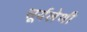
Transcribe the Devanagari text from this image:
सूर्यलेणी